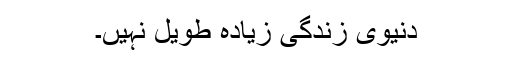
دنیوی زندگی زیادہ طویل نہیں۔